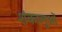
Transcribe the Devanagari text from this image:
शंकालुओं